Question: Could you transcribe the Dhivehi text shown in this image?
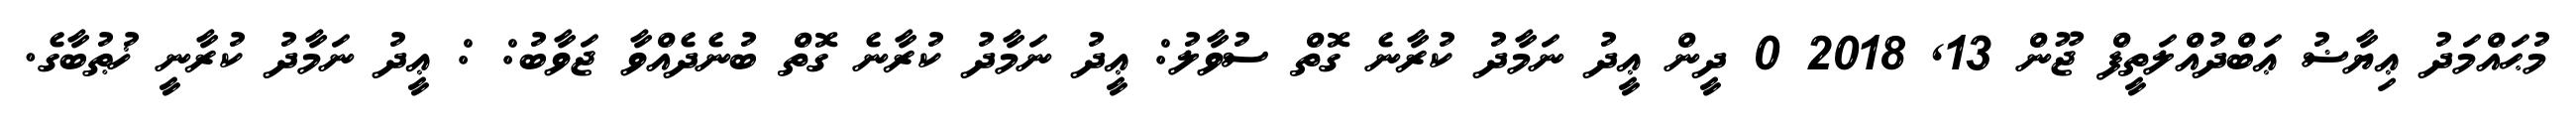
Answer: މުޙައްމަދު ޢިޔާޟު ޢަބްދުއްލަތީފް ޖޫން 13, 2018 0 ދީން ޢީދު ނަމާދު ކުރާނެ ގޮތް ސުވާލު: ޢީދު ނަމާދު ކުރާނެ ގޮތް ބުނެދެއްވާ ޖަވާބު: : ޢީދު ނަމާދު ކުރާނީ ޚުޠުބާގެ.